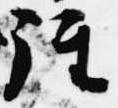
経